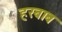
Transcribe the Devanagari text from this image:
हरबाब